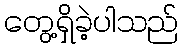
တွေ့ရှိခဲ့ပါသည်